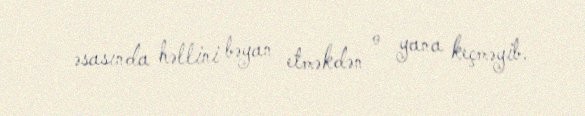
əsasında həllini bəyan etməkdən o yana keçməyib.